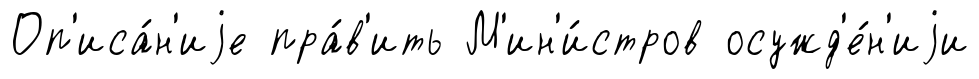
Оп'иса́н'иjе пра́в'ить М'ин'и́стров осужд'е́н'иjи